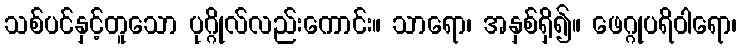
သစ်ပင်နှင့်တူသော ပုဂ္ဂိုလ်လည်းကောင်း။ သာရော၊ အနှစ်ရှိ၍။ ဖေဂ္ဂုပရိဝါရော၊